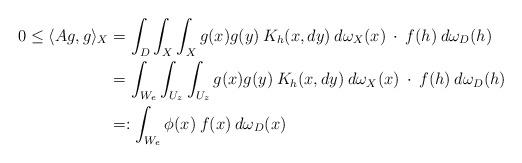
LaTeX: \begin{align*}0\le \langle Ag, g\rangle_{X} &= \int_D \int_X\int_X g(x)g(y) \> K_h(x,dy) \> d\omega_X(x) \> \cdot\> f(h)\> d\omega_D(h)\\ &= \int_{W_e} \int_{U_z}\int_{U_z} g(x)g(y) \> K_h(x,dy) \> d\omega_X(x) \> \cdot\> f(h)\> d\omega_D(h)\\ &=: \int_{W_e} \phi(x)\> f(x)\> d\omega_D(x)\end{align*}